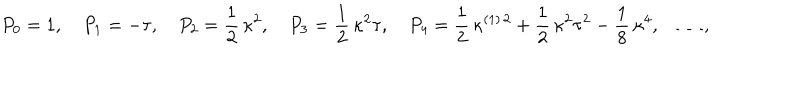
LaTeX: P _ { 0 } = 1 , \quad P _ { 1 } = - \tau , \quad P _ { 2 } = \frac { 1 } { 2 } \, \kappa ^ { 2 } , \quad P _ { 3 } = \frac { 1 } { 2 } \, \kappa ^ { 2 } \tau , \quad P _ { 4 } = \frac { 1 } { 2 } \, \kappa ^ { ( 1 ) \, 2 } + \frac { 1 } { 2 } \, \kappa ^ { 2 } \tau ^ { 2 } - \frac { 1 } { 8 } \, \kappa ^ { 4 } , \quad \ldots ,